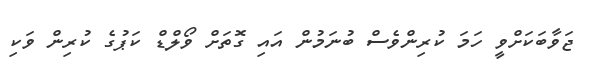
ޖަވާބަކަށްވީ ހަމަ ކުރިންވެސް ބުނަމުން އައި ގޮތަށް ވޯލްޑް ކަޕުގެ ކުރިން ވަކި